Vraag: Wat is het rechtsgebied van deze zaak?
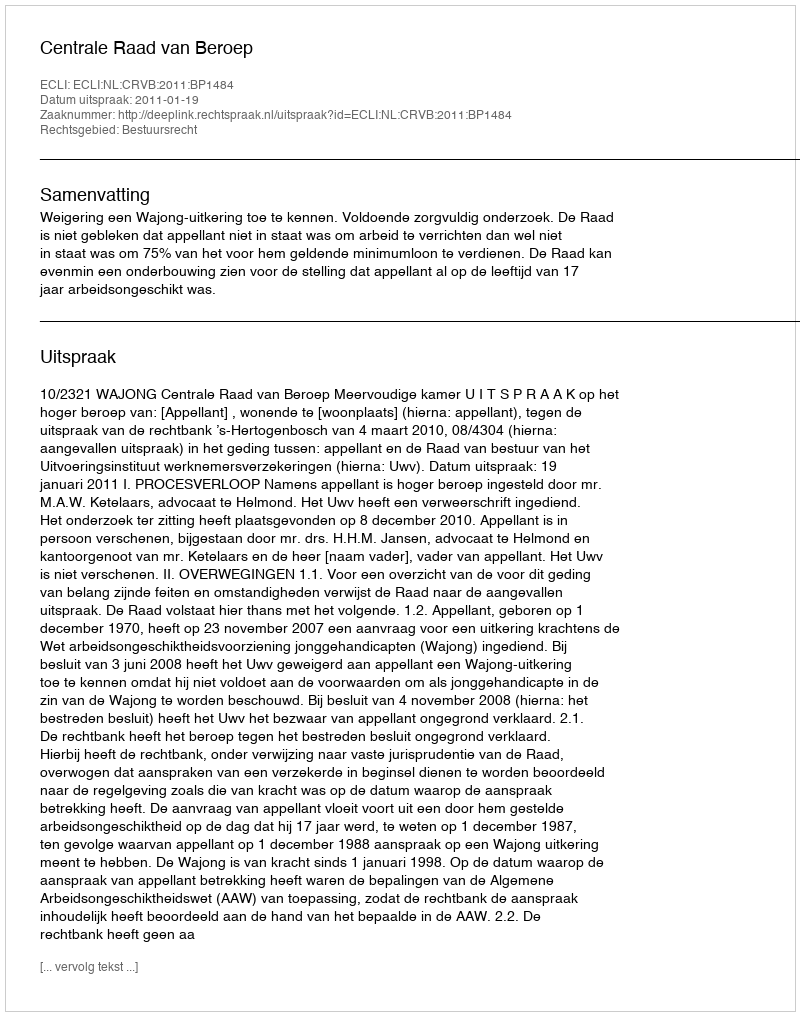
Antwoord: Bestuursrecht